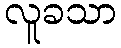
လူခသာ